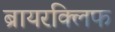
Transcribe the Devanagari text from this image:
ब्रायरक्लिफ